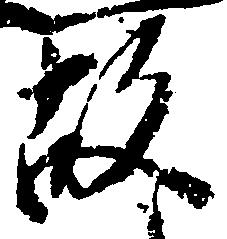
故